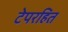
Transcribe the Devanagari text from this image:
टेपरहित